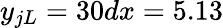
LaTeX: y_{jL}=30dx=5.13